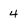
Character: 4